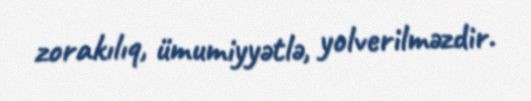
zorakılıq, ümumiyyətlə, yolverilməzdir.